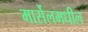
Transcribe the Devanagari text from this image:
मार्सेलमधील